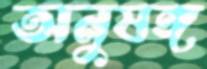
অনুষঙ্গ